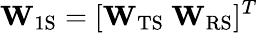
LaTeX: \mathbf{W}_{\mathrm{1S}}=[\mathbf{W}_{\mathrm{TS}}\ \mathbf{W}_{\mathrm{RS}}]^{T}